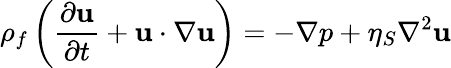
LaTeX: \rho_{f}\left(\frac{\partial\textbf{u}}{\partial t}+\textbf{u}\cdot\nabla\textbf{u}\right)=-\nabla p+\eta_{S}\nabla^{2}\textbf{u}